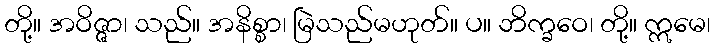
တို့။ အဝိဇ္ဇာ၊ သည်။ အနိစ္စာ၊ မြဲသည်မဟုတ်။ ပ။ ဘိက္ခဝေ၊ တို့။ ဣမေ၊